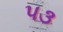
પ૩